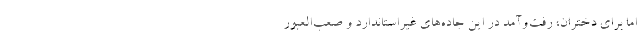
اما برای دختران، رفت‌وآمد در این جاده‌های غیراستاندارد و صعب‌العبور